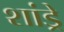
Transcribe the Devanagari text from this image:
शांड्रे